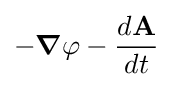
-{\boldsymbol {\nabla }}\varphi -{\frac {d\mathbf {A} }{dt}}